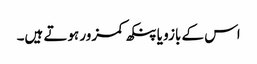
اس کے بازو یا پنکھ کمزور ہوتے ہیں۔